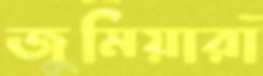
জুমিয়ারা